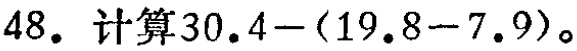
48. 计算\(30.4-(19.8 - 7.9)\)。